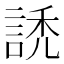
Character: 䛢